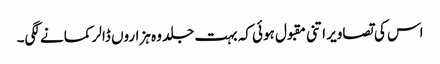
اس کی تصاویر اتنی مقبول ہوئی کہ بہت جلد وہ ہزاروں ڈالر کمانے لگی۔